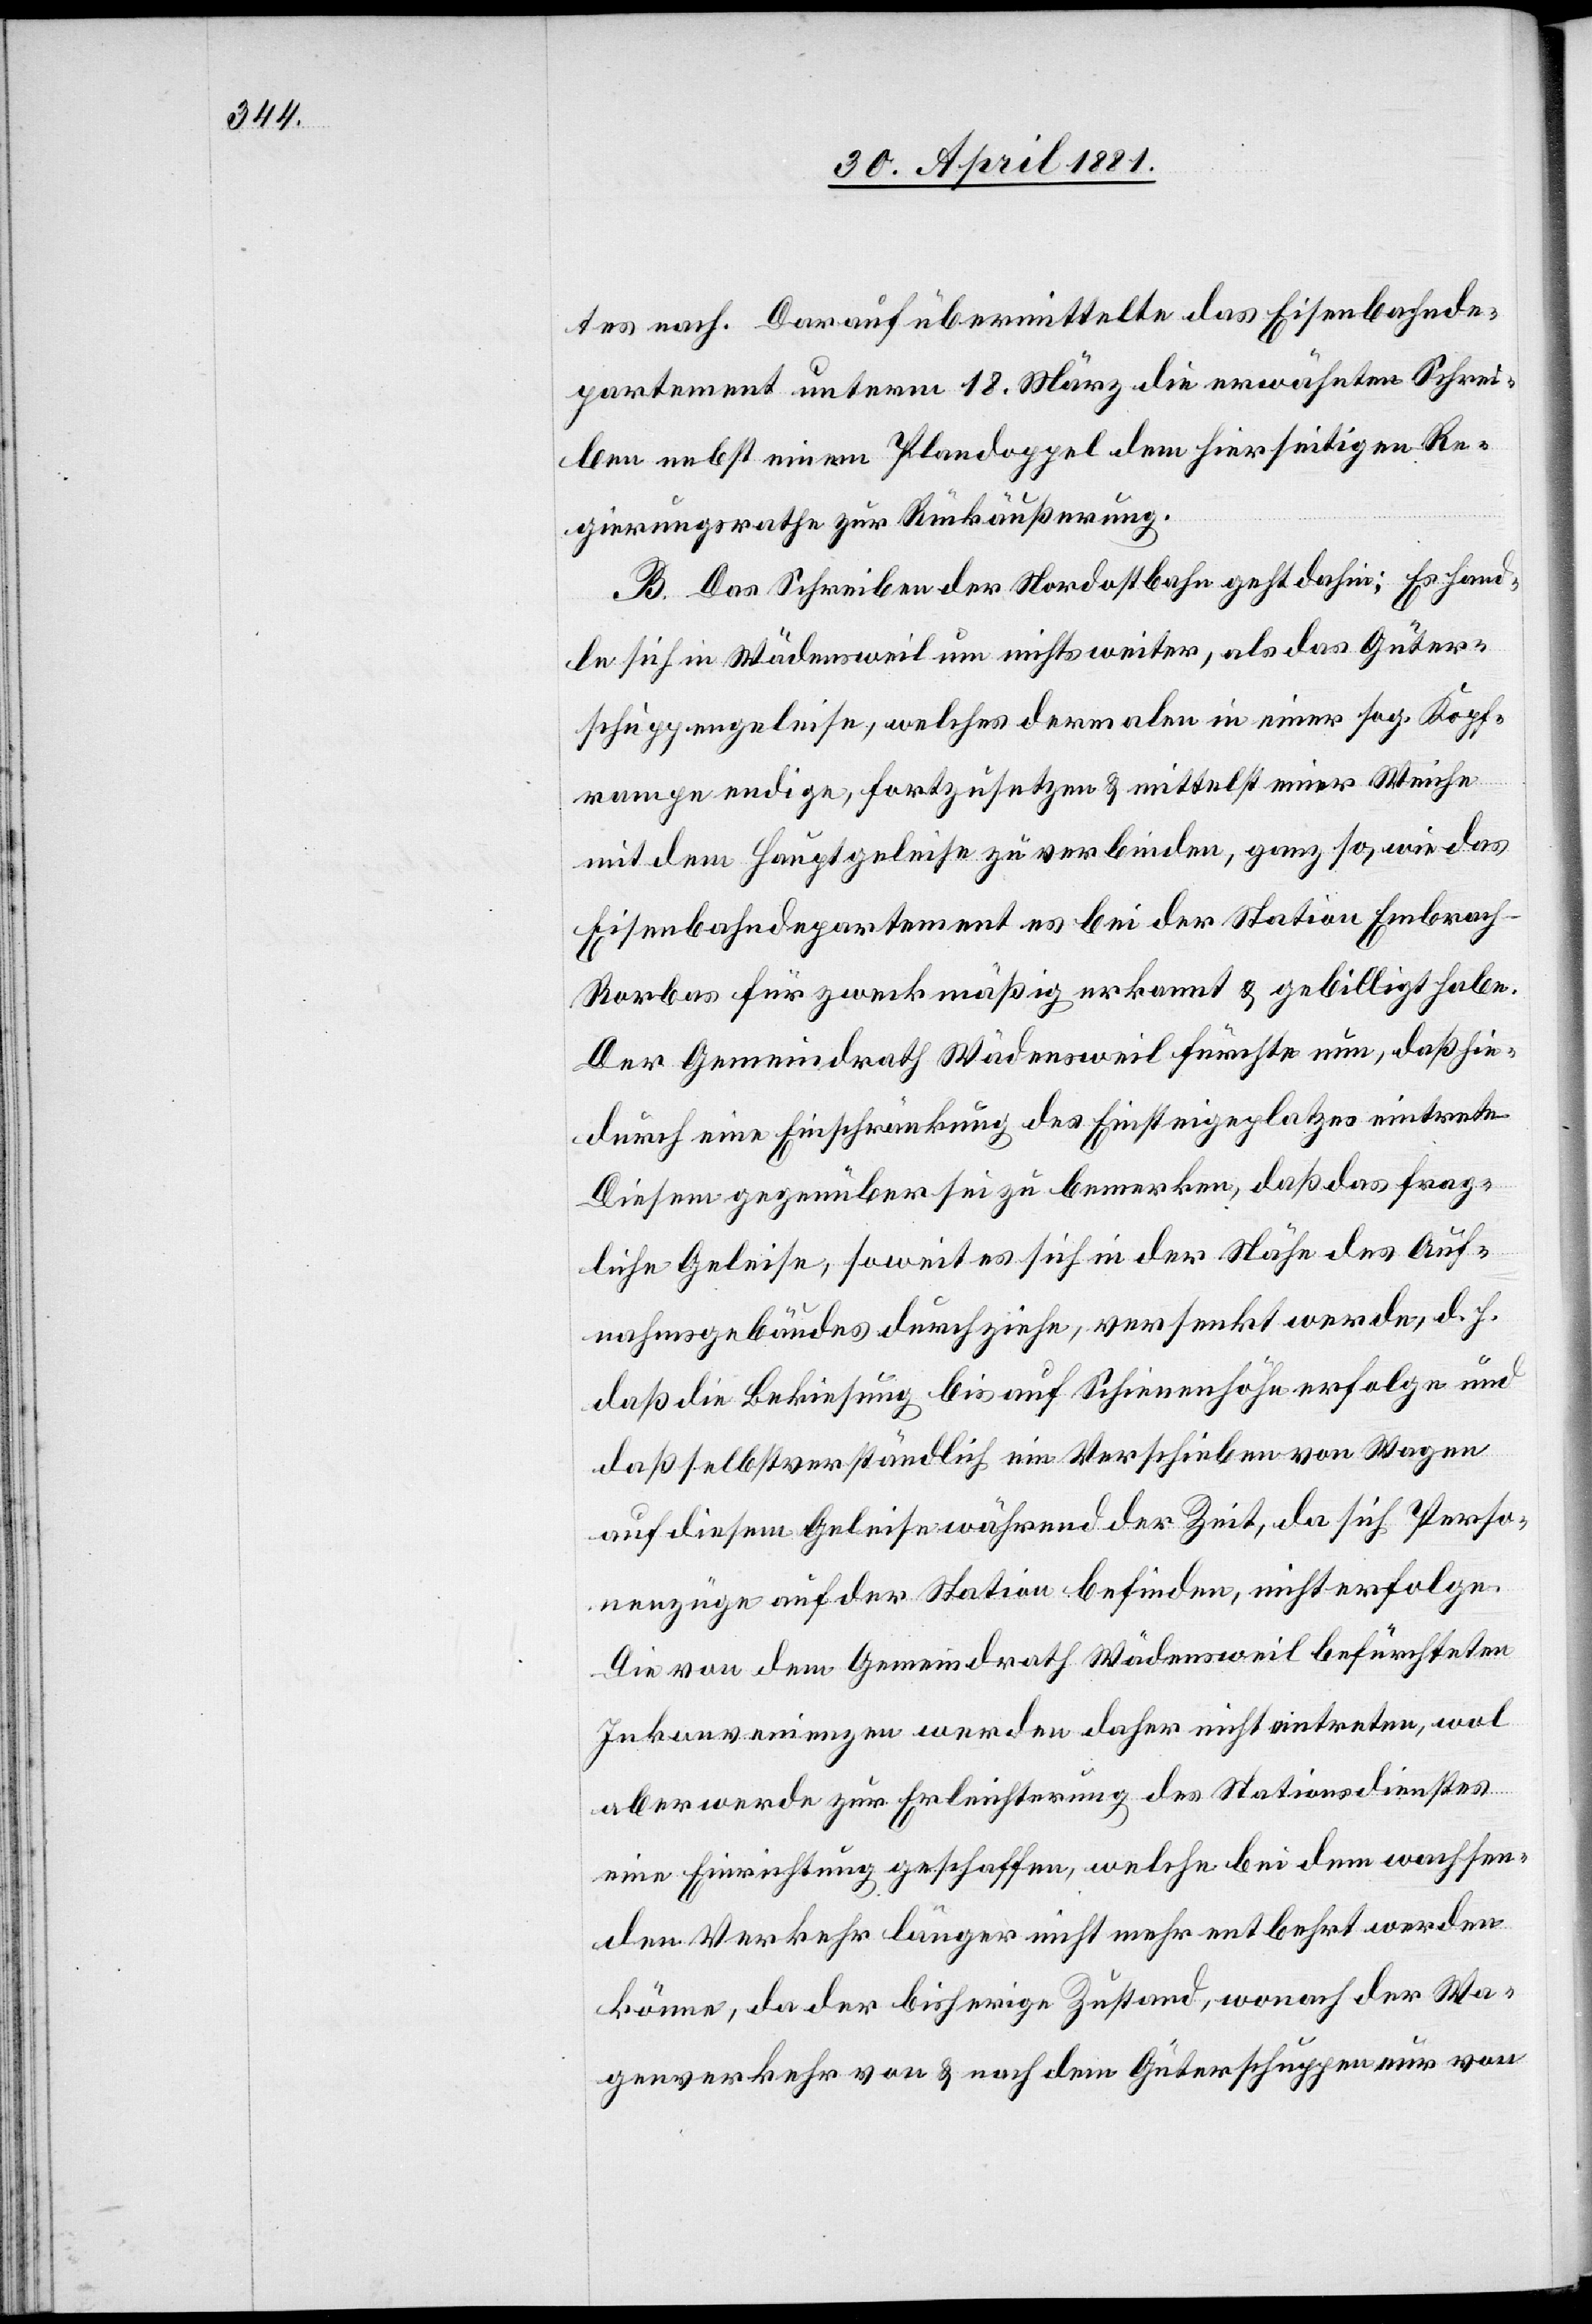
tes nach. Darauf übermittelte das Eisenbahnde¬
partement unterm 18. März die erwähnten Schrei¬
ben nebst einem Plandoppel dem hier seitigen Re¬
gierungsrathe zu Rückäußerung.
B. Das Schreiben der Nordostbahn geht dahin: Es hand¬
le sich in Wädensweil um nichts weiter, als das Güter¬
schuppengeleise, welches dermalen in einer sog. Kopf¬
wampe endige, fortzusetzen & mittelst einer Weiche
mit dem Hauptgeleise zu verbinden, ganz so, wie das
Eisenbahndepartement es bei der Station Embrach-R¬
orbas für zweckmäßig erkannt & gebilligt habe.
Der Gemeindrath Wädensweil fürchte nun, daß hie¬
durch eine Einschränkung des Einsteigeplatzes eintrete.
Diesem gegenüber sei zu bemerken, daß das frag¬
liche Geleise, soweit es sich in der Höhe des Auf¬
nahmsgebäudes durchziehe, versenkt werde, d. h.
daß die Bekiesung bis auf Schienenhöhe erfolge und
daß selbstverständlich ein Verschieben von Wagen
auf diesem Gleise während der Zeit, da sich Perso¬
nenzüge auf der Station befinden, nicht erfolge.
Die von dem Gemeindrath Wädensweil befürchteten
Inkonvenienzen werden daher nicht eintreten, wol
aber werde zur Erleichterung des Stationsdienstes
eine Einrichtung geschaffen, welche bei dem wachsen¬
den Verkehr länger nicht mehr entbehrt werden
könne, da der bisherige Zustand, wonach der Wa¬
genverkehr von & nach dem Güterschuppen nur von